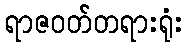
ရာဇဝတ်တရားရုံး